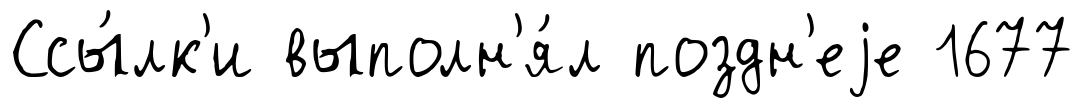
Ссы́лк'и выполн'я́л поздн'еjе 1677